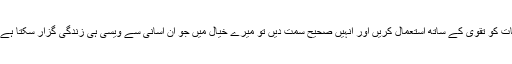
پس اگر ہم ان تین خصوصیات کو تقوی کے ساتھ استعمال کریں اور انہیں صحیح سمت دیں تو میرے خیال میں جو ان آسانی سے ویسی ہی زندگی گزار سکتا ہے جیسی اسلام پسند کرتا ہے۔